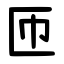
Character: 匝